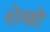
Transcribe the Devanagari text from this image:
शेखो